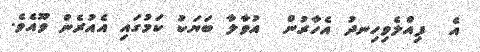
އެ  ފިއްލެވިހިނދު އެހާރުން  އުވާލާ ބަޔަކު ކަމުގައި އެއުރެން ވޫއެވެ.